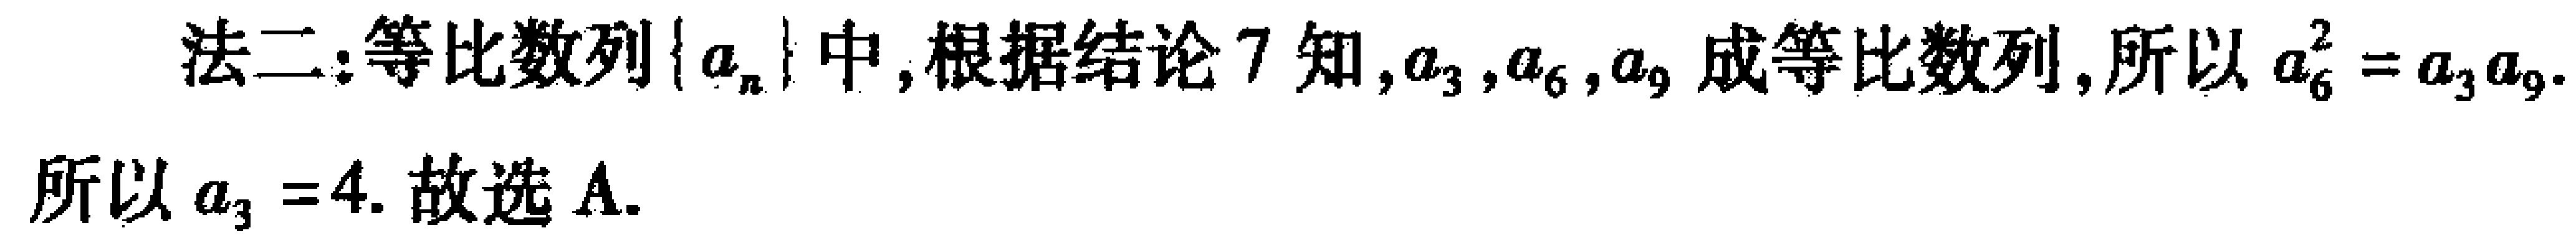
法二:等比数列\(\{ a_{n}\}\)中,根据结论7知,\(a_{3},a_{6},a_{9}\)成等比数列,所以\(a_{6}^{2}=a_{3}a_{9}\).

所以\(a_{3}=4\). 故选A.